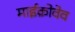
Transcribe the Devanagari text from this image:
माईक्रोवेव